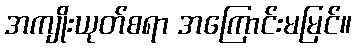
အကျိုးယုတ်စရာ အကြောင်းမမြင်။